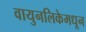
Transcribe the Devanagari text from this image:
वायुनलिकेमधून